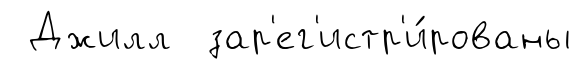
Джилл зар'ег'истр'и́рованы